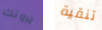
يرونك تنقية